Medical and sanitary report of the native army of Madras for the year
Year: 1877
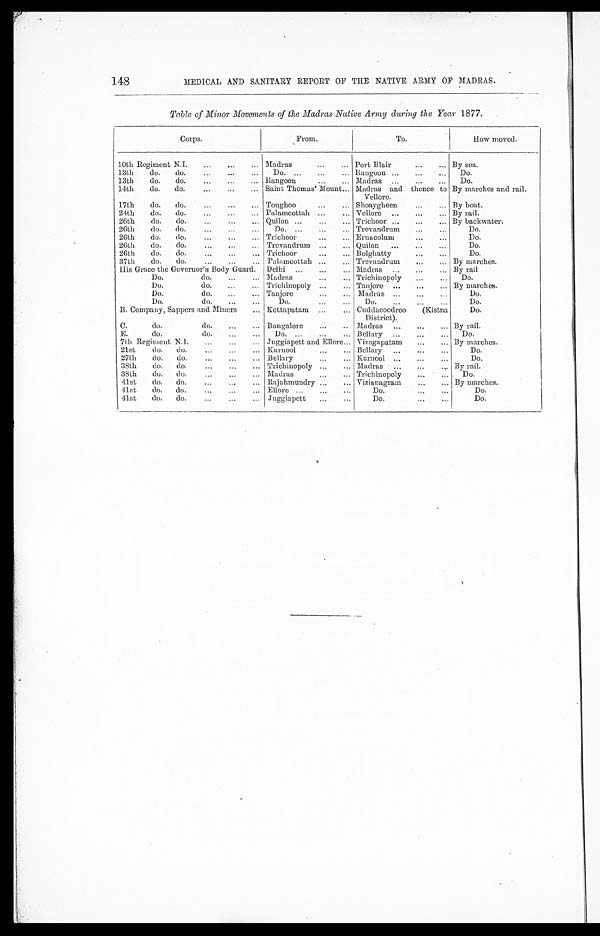
MEDICAL AND SANITARY REPORT OF THE NATIVE ARMY OF MADRAS.
Table of Minor Movements of the Madras Native Army during the Year 1877.
Corps.
From.
To.
How moved.
10th Regiment N.I . . . Madras . . . Port Blair . . .
By sea.
13th
do. d o . . . Do. . . . Rangoon . . .
Do.
13th
do.
do. . . . Rangoon . . . Madras . . .
Do.
14th
do.
do. . . . Saint Thomas' Mount . . . Madras and thence to
Vellore.
By marches and rail.
17th
do.
do. . . . Tonghoo . . . Shoaygheen . . .
By boat.
24th
do.
do. . . . Palamcottah . . . Vellore . . .
By rail.
26th
do.
do. . . . Quilon . . . Trichoor . . .
By backwater.
26th
do.
do. . . . Do.
. . . Trevandrum . . .
D o .
26th
do.
do . . . Trichoor . . . Ernacolum . . .
D o .
26th
do.
do. . . . Trevandrum . . . Quilon . . .
D o .
26th
do.
do. . . . Trichoor . . . Bolghatty . . .
Do.
37th
do.
do. . . . Palamcottah . . . Trevandrum . . .
By marches.
His Grace the Governor's Body Guard. Delhi . . . Madras . . .
By rail
Do. do. . . . Madras . . . Trichinopoly . . .
Do.
Do. do. . . . Trichinopoly . . . Tanjore . . .
By marches.
Do. do. . . . Tanjore . . . Madras . . .
Do.
Do. do. . . .
D o . . . .
Do. . . .
Do.
B. Company, Sappers and Miners. .. Kottapatam . . . Cuddacoodroo
(Kistna
District).
Do.
C.
do.
do. . . . Bangalore
. . . Madras . . .
By rail.
E.
do.
do. . . . Do. . . . Bellary . . .
Do.
7th Regiment N.I. . . . Juggiapett and Ellore . . . Vizagapatam . . .
By marches.
21st
do. do. . . . Kurnool . . . Bellary . . .
Do.
27th
do. do. . . . Bellary . . . Kurnool . . .
Do.
38th
do. do. . . . Trichinopoly . . . Madras . . .
By rail.
38th
do. do. . . . Madras . . . Trichinopoly . . .
Do.
4 1 s t d o . d o . . . . Rajahmundry . . . Vizianagram . . .
By marches.
41st
do. do. . . . Ellore . . .
Do. . . .
D o .
41st
do. do. . . . Juggiapett . . .
Do. . . .
Do.
148